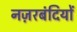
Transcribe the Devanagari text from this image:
नज़रबंदियों